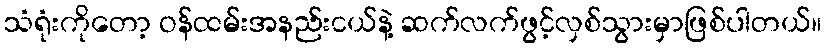
သံရုံးကိုတော့ ဝန်ထမ်းအနည်းငယ်နဲ့ ဆက်လက်ဖွင့်လှစ်သွားမှာဖြစ်ပါတယ်။